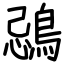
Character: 鵋